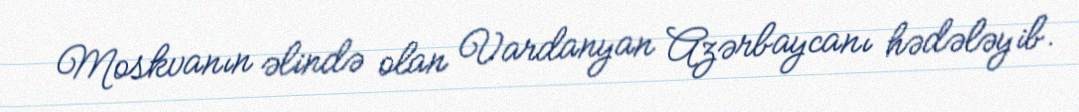
Moskvanın əlində olan Vardanyan Azərbaycanı hədələyib.